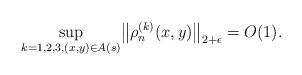
LaTeX: \begin{align*} \sup_{k=1,2,3, (x,y)\in A(s)}\bigl\|\rho^{(k)}_n(x,y)\bigr\|_{2+\epsilon}=O(1).\end{align*}